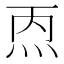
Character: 𰞁